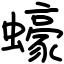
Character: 蠔